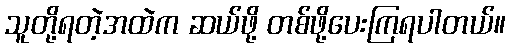
သူတို့ရတဲ့အထဲက ဆယ်ဖို့ တစ်ဖို့ပေးကြရပါတယ်။